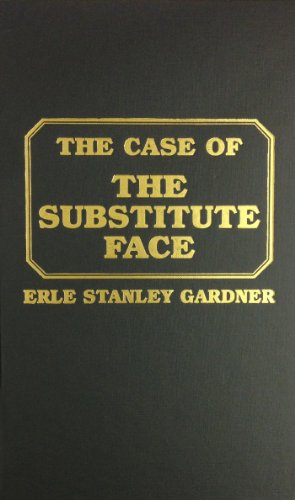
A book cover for The Case of the Substitute Face; Erle Stanley Gardner; Mystery, Thriller & Suspense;